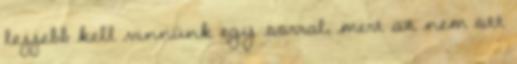
lejjebb kell vinnünk egy sorral, mert az nem ott